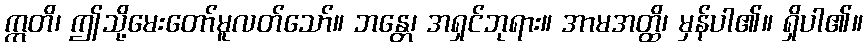
ဣတိ၊ ဤသို့မေးတော်မူလတ်သော်။ ဘန္တေ၊ အရှင်ဘုရား။ အာမအတ္ထိ၊ မှန်ပါ၏။ ရှိပါ၏။